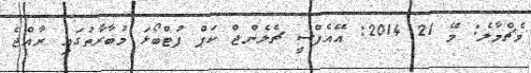
މެޗްމާލެ: މޭ 21 2014: އޭއެފްސީ ޗެލެންޖް ކަޕް ފުޓްބޯޅަ މުބާރާތުގައި ރާއްޖެ